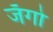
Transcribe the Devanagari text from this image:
जँगो